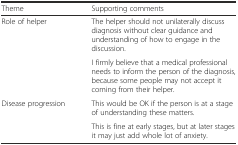
<table><thead><tr><td><b>Theme</b></td><td><b>Supporting comments</b></td></tr></thead><tbody><tr><td>Role of helper</td><td>The helper should not unilaterally discuss diagnosis without clear guidance and understanding of how to engage in the discussion.</td></tr><tr><td></td><td>I firmly believe that a medical professional needs to inform the person of the diagnosis, because some people may not accept it coming from their helper.</td></tr><tr><td>Disease progression</td><td>This would be OK if the person is at a stage of understanding these matters.</td></tr><tr><td></td><td>This is fine at early stages, but at later stages it may just add whole lot of anxiety.</td></tr></tbody></table>